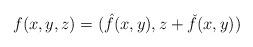
LaTeX: \begin{align*}f(x,y,z)=(\hat{f}(x,y), z+\check{f}(x,y))\end{align*}